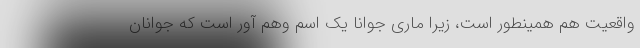
واقعیت هم همینطور است، زیرا ماری جوانا یک اسم وهم آور است که جوانان